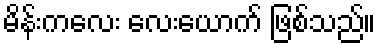
မိန်းကလေး လေးယောက် ဖြစ်သည်။